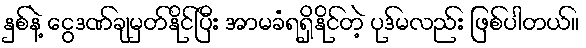
နှစ်နဲ့ ငွေဒဏ်ချမှတ်နိုင်ပြီး အာမခံရရှိနိုင်တဲ့ ပုဒ်မလည်း ဖြစ်ပါတယ်။